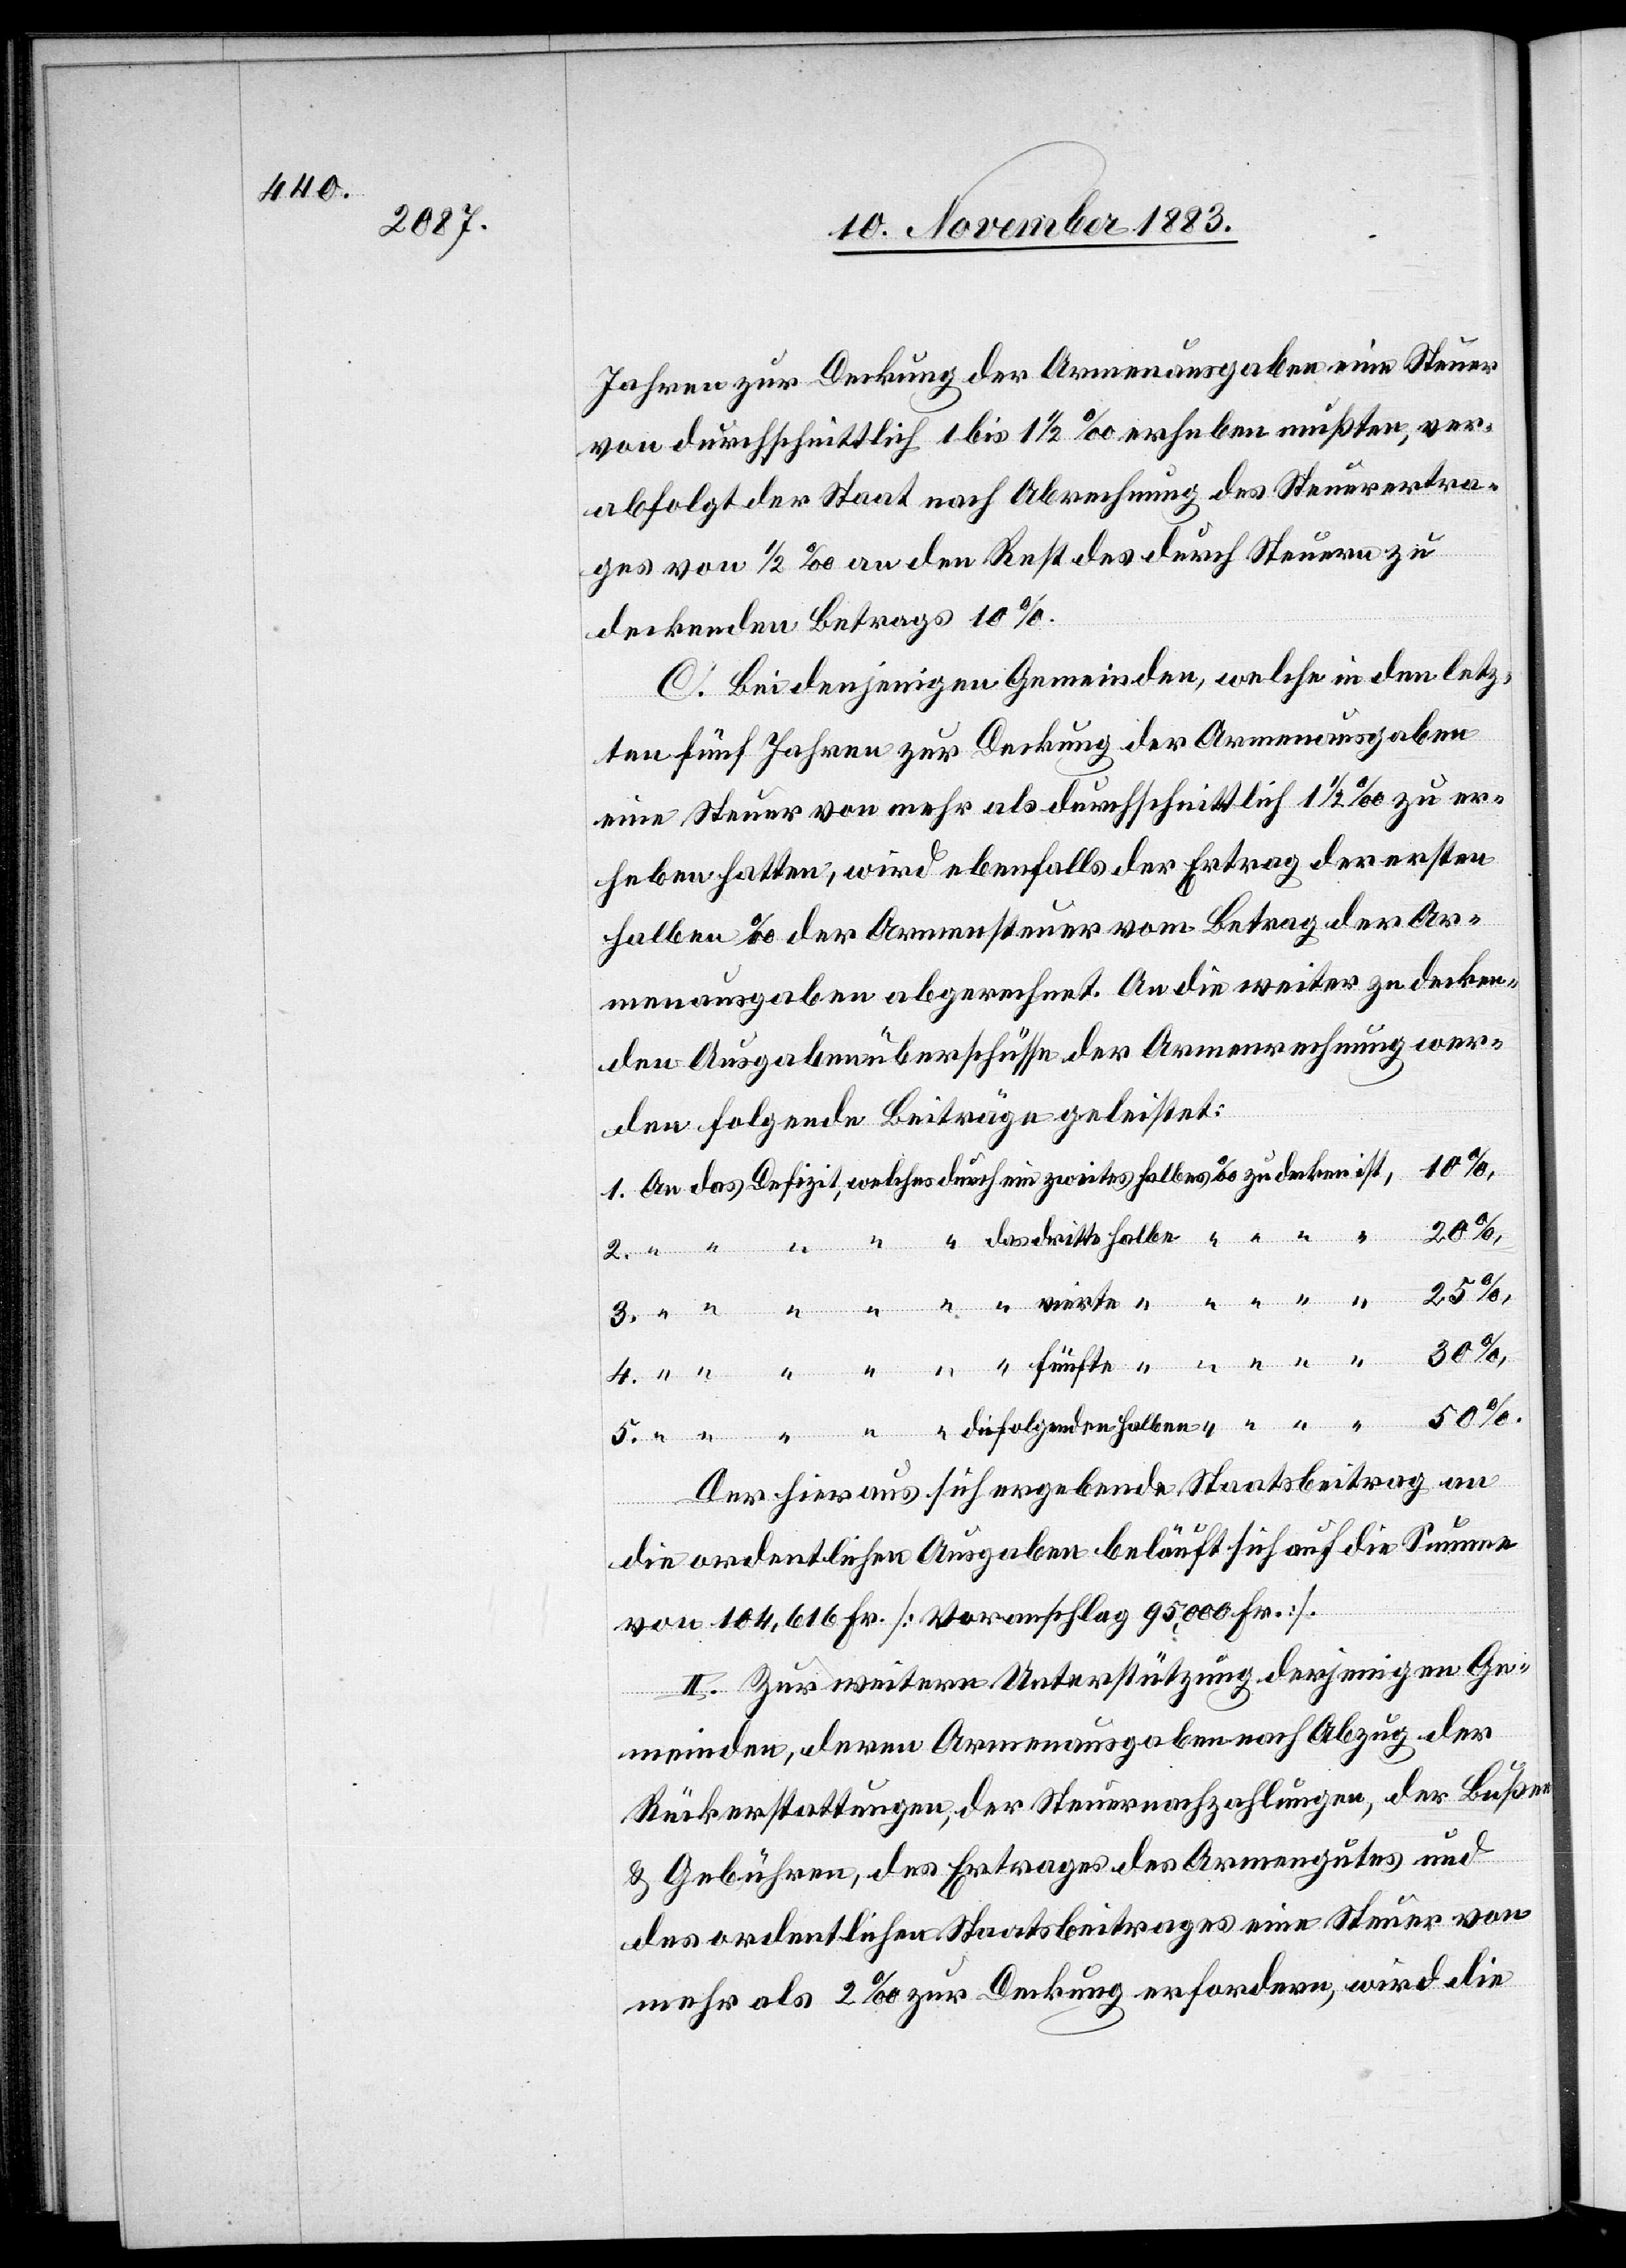
Jahren zur Deckung der Armenausgaben eine Steuer
von durchschnittlich 1 bis 1 1/2‰ erheben mußten, ver¬
abfolgt der Staat nach Abrechnung des Steuerertra¬
ges von 1/2‰ an den Rest des durch Steuern zu
deckenden Betrages 10%.
C. Bei denjenigen Gemeinden, welche in den letz¬
ten fünf Jahren zur Deckung der Armenausgaben
eine Steuer von mehr als durchschnittlich 1 1/2‰ zu er¬
heben hatten, wird ebenfalls der Ertrag der ersten
halben ‰ der Armensteuer vom Betrag der Ar¬
menausgaben abgerechnet. An die weiter zu decken¬
den Ausgabenüberschüsse der Armenrechnung wer¬
den folgende Beiträge geleistet:
50%.
Der hieraus sich ergebende Staatsbeitrag an
die ordentlichen Ausgaben beläuft sich auf die Summe
von 104,616 Fr. [Voranschlag 95,000 Fr.].
II. Zur weitern Unterstützung derjenigen Ge¬
halben
meinden, deren Armenausgaben nach Abzug der
Rückerstattungen, der Steuernachzahlungen, der Bußen
& Gebühren, des Ertrages des Armengutes und
des ordentlichen Staatsbeitrages eine Steuer von
mehr als 2‰ zur Deckung erfordern, wird die